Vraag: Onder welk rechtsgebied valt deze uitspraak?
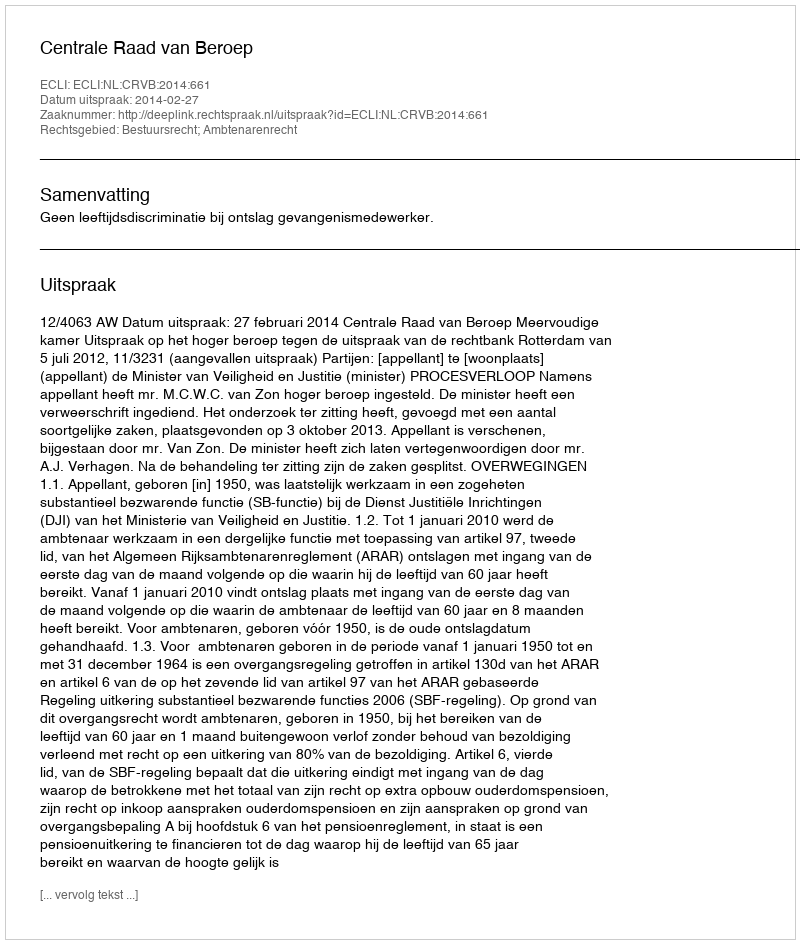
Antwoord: Bestuursrecht; Ambtenarenrecht